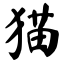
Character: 猫